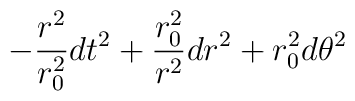
-{r^2\over r_0^2} dt^2 +  {r_0^2 \over  r^2} dr^2 + r_0^2 d\theta^2